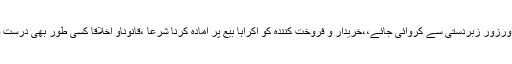
یہاں مراد ایسی بیع ہے جوخریدار یا فروخت کنندہ کو مجبور کرکے ناحق اورزور زبردستی سے کروائی جائے،،خریدار و فروخت کنندہ کو اکراہاً بیع پر آمادہ کرنا شرعاً ،قانوناًو اخلاقاً کسی طور بھی درست و جائز عمل نہیں ، اگرچہ وہ مجبور کرنے والا حاکمِ وقت ہی کیوں نہ ہو !